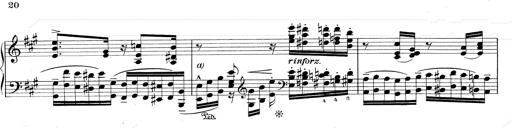
Title: RÃ©miniscences de Don Juan
Composer: Franz Liszt